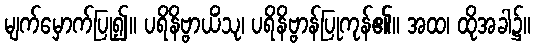
မျက်မှောက်ပြု၍။ ပရိနိဗ္ဗာယိံသု၊ ပရိနိဗ္ဗာန်ပြုကုန်၏။ အထ၊ ထိုအခါ၌။